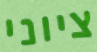
ציוני